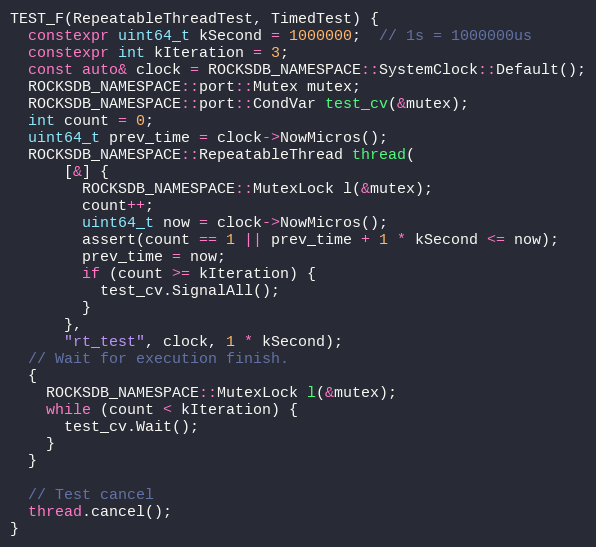
Language: C++
TEST_F(RepeatableThreadTest, TimedTest) {
  constexpr uint64_t kSecond = 1000000;  // 1s = 1000000us
  constexpr int kIteration = 3;
  const auto& clock = ROCKSDB_NAMESPACE::SystemClock::Default();
  ROCKSDB_NAMESPACE::port::Mutex mutex;
  ROCKSDB_NAMESPACE::port::CondVar test_cv(&mutex);
  int count = 0;
  uint64_t prev_time = clock->NowMicros();
  ROCKSDB_NAMESPACE::RepeatableThread thread(
      [&] {
        ROCKSDB_NAMESPACE::MutexLock l(&mutex);
        count++;
        uint64_t now = clock->NowMicros();
        assert(count == 1 || prev_time + 1 * kSecond <= now);
        prev_time = now;
        if (count >= kIteration) {
          test_cv.SignalAll();
        }
      },
      "rt_test", clock, 1 * kSecond);
  // Wait for execution finish.
  {
    ROCKSDB_NAMESPACE::MutexLock l(&mutex);
    while (count < kIteration) {
      test_cv.Wait();
    }
  }

  // Test cancel
  thread.cancel();
}